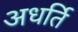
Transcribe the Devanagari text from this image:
अधर्ति